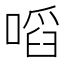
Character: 㗖